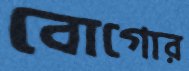
বোগোর